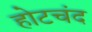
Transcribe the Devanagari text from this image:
होटचंद